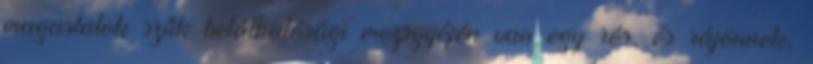
magaslatok szűk beláthatósági mezsgyéjén van egy rés, és rájönnek,